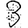
Digit: 3